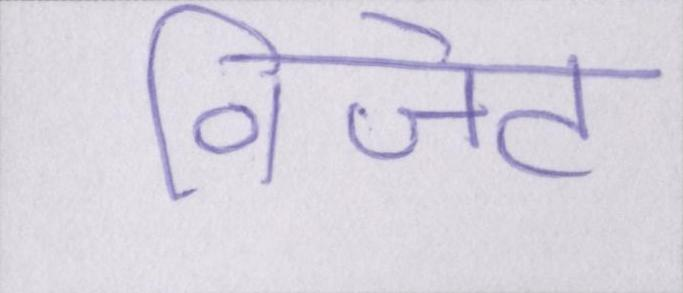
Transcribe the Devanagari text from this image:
विजेट